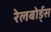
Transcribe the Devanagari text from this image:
रेलबोर्ड्स